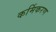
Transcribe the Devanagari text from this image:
कर्मिकरण